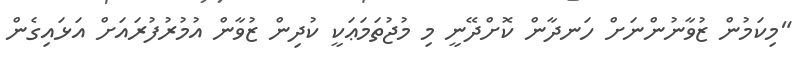
"މިކަމުން ޒުވާނުންނަށް ހަނދާން ކޮށްދޭނީ މި މުޖުތަމަޢަކީ ކުދިން ޒުވާން އުމުރުފުރައަށް އަޅައިގެން